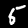
Digit: 5